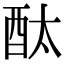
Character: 酞